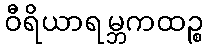
ဝီရိယာရမ္ဘကထဉ္စ